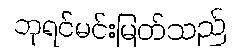
ဘုရင်မင်းမြတ်သည်